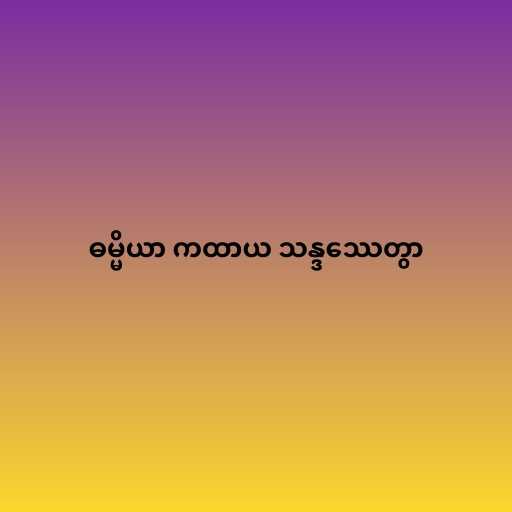
ဓမ္မိယာ ကထာယ သန္ဒဿေတွာ